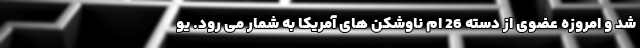
شد و امروزه عضوی از دسته 26 ام ناوشکن های آمریکا به شمار می رود. یو